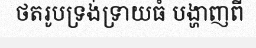
ថតរូបទ្រង់ទ្រាយធំ បង្ហាញពី